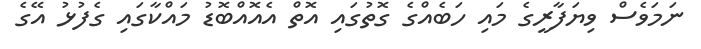
ނަމަވެސް ވިޔަފާރީގެ މައި ހަބެއްގެ ގޮތުގައި އޮތް އެއޮއްބޮޑު މައްކާގައި ގެފުޅު އޭގެ